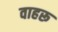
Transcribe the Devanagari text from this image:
वाहरू